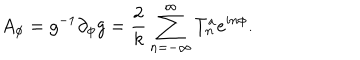
A _ { \phi } = g ^ { - 1 } \partial _ { \phi } g = \frac { 2 } { k } \sum _ { n = - \infty } ^ { \infty } T _ { n } ^ { a } e ^ { i n \phi } .